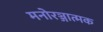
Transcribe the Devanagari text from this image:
मनोरञ्जात्मक